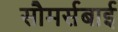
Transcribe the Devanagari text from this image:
सौमर्सबाई